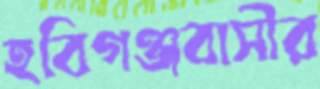
হবিগঞ্জবাসীর